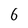
Character: 6